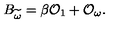
B _ { \widetilde { \omega } } = \beta { \cal O } _ { 1 } + { \cal O } _ { \omega } .